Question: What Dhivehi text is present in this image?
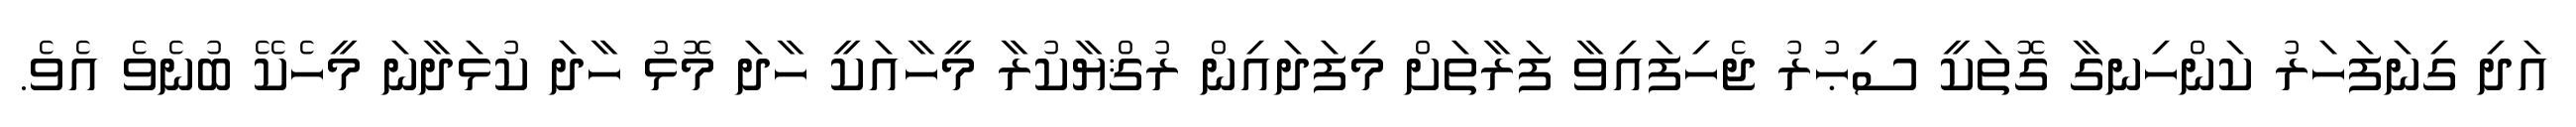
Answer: އަދި ގިނަފަހަރު ކަންހިނގާ ގޮތަކީ ސިޙުރު ޖެހިފައިވާ ފަރާތަށް މިފަދައިން ރުޤްޔާކުރާ މީހާއަކީ ހާދަ މޮޅު ހާދަ ކުޅަދާނަ މީހެކޭ ބުނެވެ އެވެ.